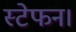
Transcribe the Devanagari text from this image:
स्टेफन।